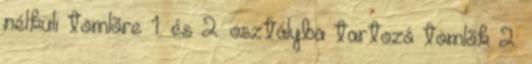
nélküli tömlõre 1. és 2. osztályba tartozó tömlõk 2.